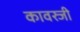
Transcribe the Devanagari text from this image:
कावस्जी